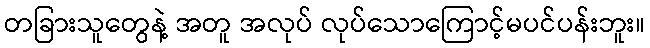
တခြားသူတွေနဲ့ အတူ အလုပ် လုပ်သောကြောင့်မပင်ပန်းဘူး။